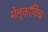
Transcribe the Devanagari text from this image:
मेल्काॅविच